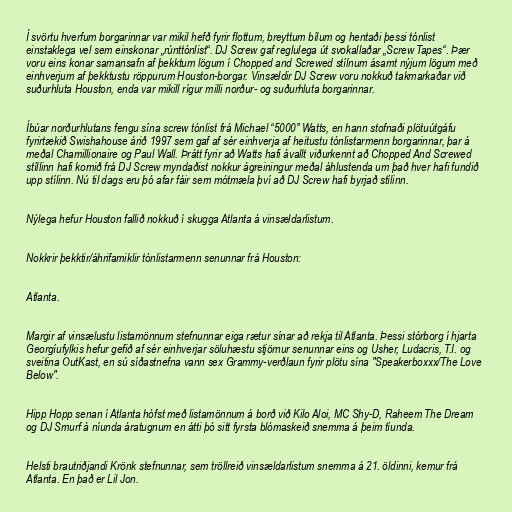
Í svörtu hverfum borgarinnar var mikil hefð fyrir flottum, breyttum bílum og hentaði þessi tónlist
einstaklega vel sem einskonar „rúnttónlist“. DJ Screw gaf reglulega út svokallaðar „Screw Tapes“. Þær
voru eins konar samansafn af þekktum lögum í Chopped and Screwed stílnum ásamt nýjum lögum með
einhverjum af þekktustu röppurum Houston-borgar. Vinsældir DJ Screw voru nokkuð takmarkaðar við
suðurhluta Houston, enda var mikill rígur milli norður- og suðurhluta borgarinnar.

Íbúar norðurhlutans fengu sína screw tónlist frá Michael “5000” Watts, en hann stofnaði plötuútgáfu
fyrirtækið Swishahouse árið 1997 sem gaf af sér einhverja af heitustu tónlistarmenn borgarinnar, þar á
meðal Chamillionaire og Paul Wall. Þrátt fyrir að Watts hafi ávallt viðurkennt að Chopped And Screwed
stíllinn hafi komið frá DJ Screw myndaðist nokkur ágreiningur meðal áhlustenda um það hver hafi fundið
upp stílinn. Nú til dags eru þó afar fáir sem mótmæla því að DJ Screw hafi byrjað stílinn.

Nýlega hefur Houston fallið nokkuð í skugga Atlanta á vinsældarlistum.

Nokkrir þekktir/áhrifamiklir tónlistarmenn senunnar frá Houston:

Atlanta.

Margir af vinsælustu listamönnum stefnunnar eiga rætur sínar að rekja til Atlanta. Þessi stórborg í hjarta
Georgíufylkis hefur gefið af sér einhverjar söluhæstu stjörnur senunnar eins og Usher, Ludacris, T.I. og
sveitina OutKast, en sú síðastnefna vann sex Grammy-verðlaun fyrir plötu sína "Speakerboxxx/The Love
Below".

Hipp Hopp senan í Atlanta hófst með listamönnum á borð við Kilo Aloi, MC Shy-D, Raheem The Dream
og DJ Smurf á níunda áratugnum en átti þó sitt fyrsta blómaskeið snemma á þeim tíunda.

Helsti brautriðjandi Krönk stefnunnar, sem tröllreið vinsældarlistum snemma á 21. öldinni, kemur frá
Atlanta. En það er Lil Jon.